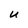
Character: U